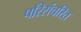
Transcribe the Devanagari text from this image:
परिसंचरित